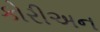
કોરીઅન